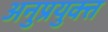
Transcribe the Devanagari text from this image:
अनुप्रयुक्त्त